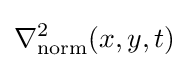
\nabla _{\mathrm {norm} }^{2}(x,y,t)